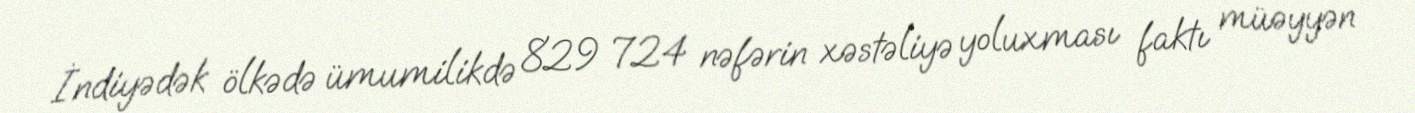
İndiyədək ölkədə ümumilikdə 829 724 nəfərin xəstəliyə yoluxması faktı müəyyən